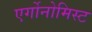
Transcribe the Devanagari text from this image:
एर्गोनोमिस्ट